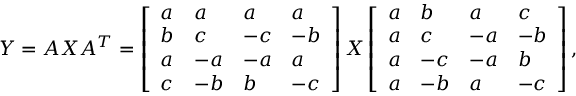
Y = A X A ^ { T } = \left[ \begin{array} { l l l l } { a } & { a } & { a } & { a } \\ { b } & { c } & { - c } & { - b } \\ { a } & { - a } & { - a } & { a } \\ { c } & { - b } & { b } & { - c } \end{array} \right] X \left[ \begin{array} { l l l l } { a } & { b } & { a } & { c } \\ { a } & { c } & { - a } & { - b } \\ { a } & { - c } & { - a } & { b } \\ { a } & { - b } & { a } & { - c } \end{array} \right] ,